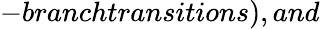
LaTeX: -branchtransitions),and